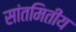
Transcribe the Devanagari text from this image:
सांतमितीय